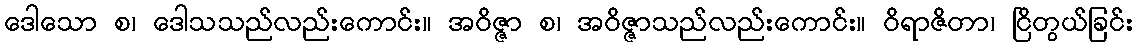
ဒေါသော စ၊ ဒေါသသည်လည်းကောင်း။ အဝိဇ္ဇာ စ၊ အဝိဇ္ဇာသည်လည်းကောင်း။ ဝိရာဇိတာ၊ ငြိတွယ်ခြင်း